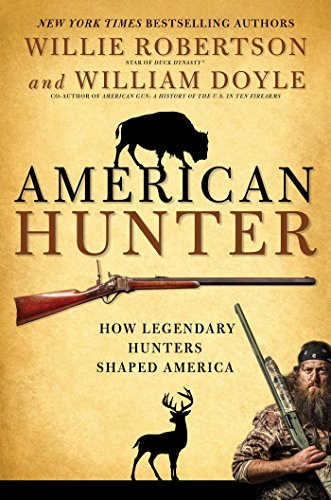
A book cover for American Hunter: How Legendary Hunters Shaped America; Willie Robertson; Sports & Outdoors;